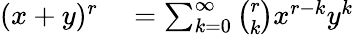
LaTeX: \begin{array}{rl}{(x+y)^{r}}&{{}=\sum_{k=0}^{\infty}{\binom{r}{k}}x^{r-k}y^{k}}\end{array}